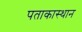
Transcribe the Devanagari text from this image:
पताकास्थान